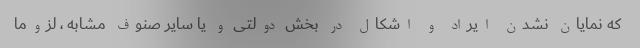
که نمایان نشدن ایراد و اشکال در بخش دولتی و یا سایر صنوف مشابه ، لزوما